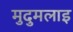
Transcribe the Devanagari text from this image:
मुदुमलाइ